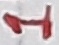
Text: 1